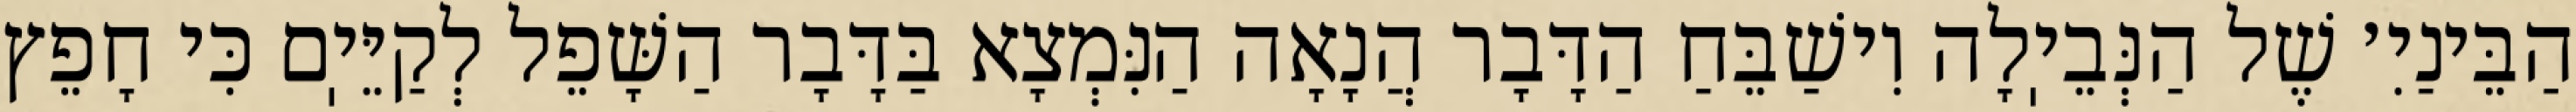
הַבֵּינַיִ׳ שֶׁל הַנְּבֵיֽלָה וִישַׁבֵּחַ הַדָּבָר הֲנָאָה הַנִּמְצָא בַּדָּבָר הַשָּׁפֵל לְקַיֵּיֽם כִּי חָפֵץ